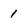
Character: 1